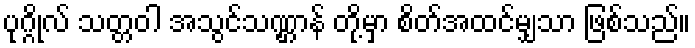
ပုဂ္ဂိုလ် သတ္တဝါ အသွင်သဏ္ဌာန် တို့မှာ စိတ်အထင်မျှသာ ဖြစ်သည်။